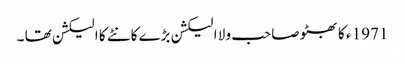
1971 ء کا بھٹو صاحب ولا ا لیکشن بڑے کانٹے کا الیکشن تھا ۔